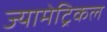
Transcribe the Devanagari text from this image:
ज्यामेट्रिकल